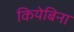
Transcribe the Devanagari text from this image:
कियेबिना